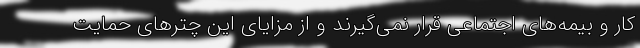
کار و بیمه‌های اجتماعی قرار نمی‌گیرند و از مزایای این چترهای حمایت